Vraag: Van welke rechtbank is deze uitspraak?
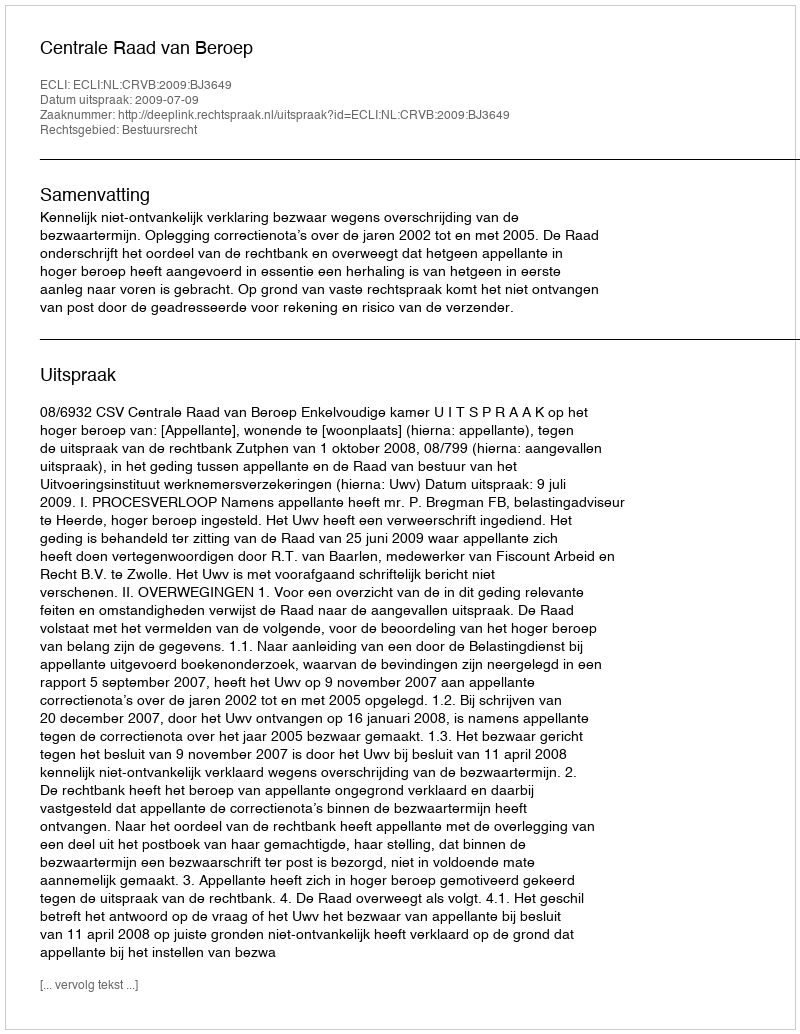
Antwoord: Centrale Raad van Beroep